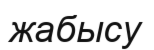
жабысу